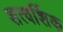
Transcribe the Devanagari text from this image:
शत्वर्शिक